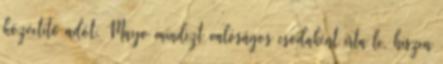
közvetítő adót. Mayo mindezt valóságos csodaként írta le, hiszen